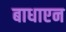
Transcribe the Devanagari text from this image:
बाधाएन